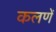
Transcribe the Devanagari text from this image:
कलणें